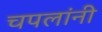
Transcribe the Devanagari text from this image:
चपलांनी